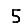
Digit: 5